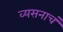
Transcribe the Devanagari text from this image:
व्यसनाचं